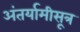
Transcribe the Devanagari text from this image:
अंतर्यामीसूत्र